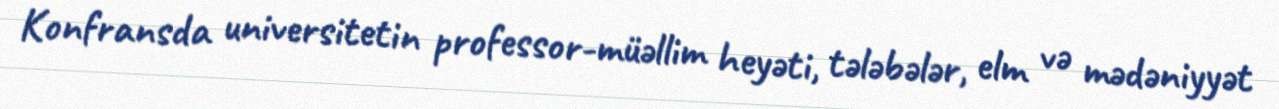
Konfransda universitetin professor-müəllim heyəti, tələbələr, elm və mədəniyyət